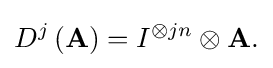
D^{j}\left(\mathbf {A} \right)=I^{\otimes jn}\otimes \mathbf {A.}